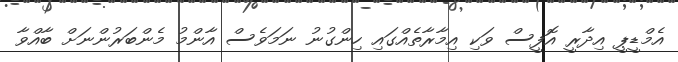
އެމްޑީޕީ އިދާރީ އޮފީސް ވަކި އިމާރާތެއްގައި ހިންގުނު ނަމަވެސް އާންމު މެންބަރުންނަށް ބާއްވާ